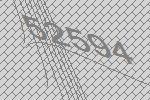
52594